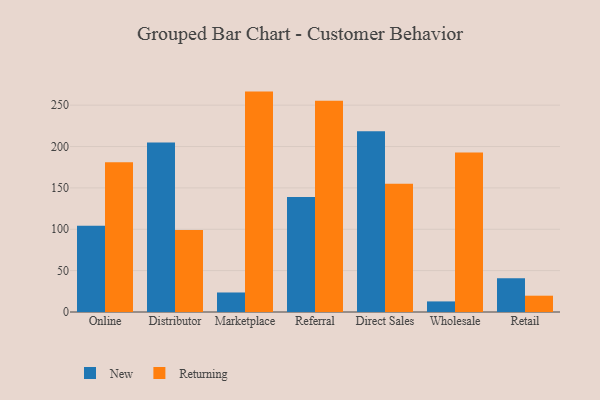
{"axis": {"x": "Channel", "y": "Population (Million)"}, "legend": ["New", "Returning"], "data": [{"x": "Online", "y": 104.4, "type": "New"}, {"x": "Online", "y": 180.9, "type": "Returning"}, {"x": "Distributor", "y": 204.8, "type": "New"}, {"x": "Distributor", "y": 99.0, "type": "Returning"}, {"x": "Marketplace", "y": 23.6, "type": "New"}, {"x": "Marketplace", "y": 266.4, "type": "Returning"}, {"x": "Referral", "y": 139.1, "type": "New"}, {"x": "Referral", "y": 255.3, "type": "Returning"}, {"x": "Direct Sales", "y": 218.6, "type": "New"}, {"x": "Direct Sales", "y": 155.0, "type": "Returning"}, {"x": "Wholesale", "y": 12.8, "type": "New"}, {"x": "Wholesale", "y": 192.9, "type": "Returning"}, {"x": "Retail", "y": 40.8, "type": "New"}, {"x": "Retail", "y": 19.7, "type": "Returning"}]}